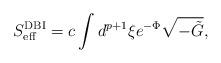
LaTeX: \begin{align*}S_{\rm eff}^{\rm DBI}=c\int d^{p+1}\xi e^{-\Phi}\sqrt{-\tilde{G}},\end{align*}